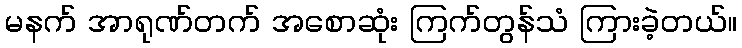
မနက် အာရုဏ်တက် အစောဆုံး ကြက်တွန်သံ ကြားခဲ့တယ်။